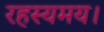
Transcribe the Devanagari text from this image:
रहस्यमय।